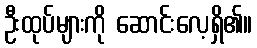
ဦးထုပ်များကို ဆောင်းလေ့ရှိ၏။